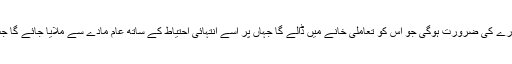
ایک ضد مادّہ کا انجن بنانے کے لئے ایک ضد مادّہ کے متواتر دھارے کی ضرورت ہوگی جو اس کو تعاملی خانے میں ڈالے گا جہاں پر اسے انتہائی احتیاط کے ساتھ عام مادے سے ملایا جائے گا جس کے نتیجے میں کیمیائی راکٹ جیسا ایک انضباطی دھماکہ ہوگا۔